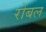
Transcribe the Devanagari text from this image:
रोबल